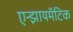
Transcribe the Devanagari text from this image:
एन्झायमॅटिक